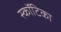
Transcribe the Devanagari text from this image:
स्कॉटिका